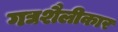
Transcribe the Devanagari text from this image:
गद्यशैलीकार